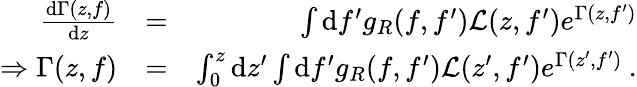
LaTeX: \begin{array}{rlr}{\frac{\mathrm{d}\Gamma(z,f)}{\mathrm{d}z}}&{=}&{\int\mathrm{d}f^{\prime}g_{R}(f,f^{\prime})\mathcal{L}(z,f^{\prime})e^{\Gamma(z,f^{\prime})}}\\ {\Rightarrow\Gamma(z,f)}&{=}&{\int_{0}^{z}\mathrm{d}z^{\prime}\int\mathrm{d}f^{\prime}g_{R}(f,f^{\prime})\mathcal{L}(z^{\prime},f^{\prime})e^{\Gamma(z^{\prime},f^{\prime})}\: .}\end{array}